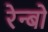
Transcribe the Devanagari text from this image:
रेन्‍बो